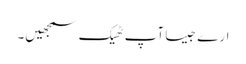
ارے جیسا آپ ٹھیک سمجھیں۔